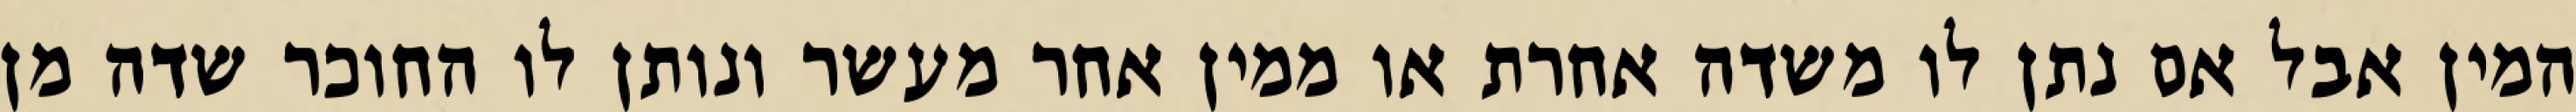
המין אבל אם נתן לו משדה אחרת או ממין אחר מעשר ונותן לו החוכר שדה מן